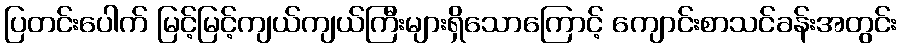
ပြတင်းပေါက် မြင့်မြင့်ကျယ်ကျယ်ကြီးများရှိသောကြောင့် ကျောင်းစာသင်ခန်းအတွင်း